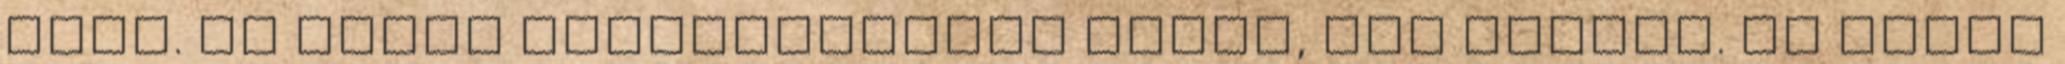
most. Ez kissé következetlen dolog, azt hiszem. És mivel